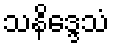
သနိဒ္ဒေသံ